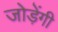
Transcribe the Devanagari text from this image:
जोड़ेंगी